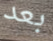
بعد